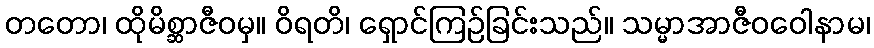
တတော၊ ထိုမိစ္ဆာဇီဝမှ။ ဝိရတိ၊ ရှောင်ကြဉ်ခြင်းသည်။ သမ္မာအာဇီဝဝေါနာမ၊